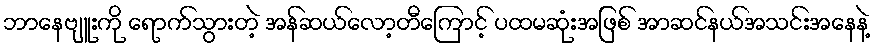
ဘာနေဗျူးကို ရောက်သွားတဲ့ အန်ဆယ်လော့တီကြောင့် ပထမဆုံးအဖြစ် အာဆင်နယ်အသင်းအနေနဲ့